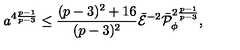
a ^ { 4 { \frac { p - 1 } { p - 3 } } } \leq { \frac { ( p - 3 ) ^ { 2 } + 1 6 } { ( p - 3 ) ^ { 2 } } } \bar { \cal E } ^ { - 2 } \bar { \cal P } _ { \phi } ^ { 2 { \frac { p - 1 } { p - 3 } } } ,